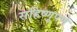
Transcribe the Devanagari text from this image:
सहिष्णूपणे